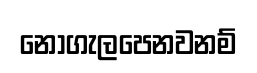
නොගැලපෙනවනම්